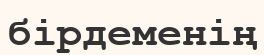
бірдеменің